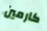
كارمين